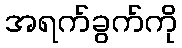
အရက်ခွက်ကို